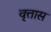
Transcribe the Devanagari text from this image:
वृत्तास